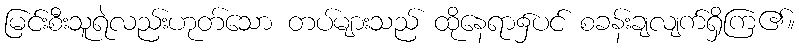
မြင်းစီးသူရဲလည်းဟုတ်သော တပ်များသည် ထိုနေရာ၌ပင် စခန်းချလျက်ရှိကြ၏။